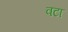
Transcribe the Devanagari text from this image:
वटा